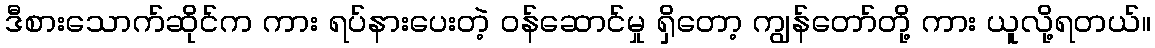
ဒီစားသောက်ဆိုင်က ကား ရပ်နားပေးတဲ့ ဝန်ဆောင်မှု ရှိတော့ ကျွန်တော်တို့ ကား ယူလို့ရတယ်။